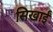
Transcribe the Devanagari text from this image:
सिखाईं